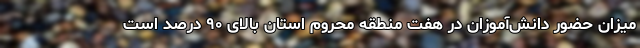
میزان حضور دانش‌آموزان در هفت منطقه محروم استان بالای ۹۰ درصد است